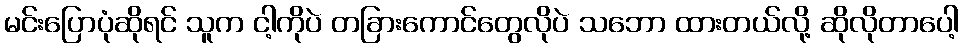
မင်းပြောပုံဆိုရင် သူက ငါ့ကိုပဲ တခြားကောင်တွေလိုပဲ သဘော ထားတယ်လို့ ဆိုလိုတာပေါ့